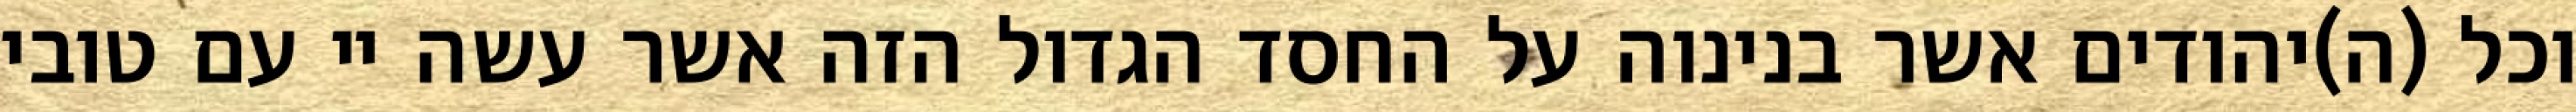
וכל (ה)יהודים אשר בנינוה על החסד הגדול הזה אשר עשה יי עם טובי